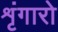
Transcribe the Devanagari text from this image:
शृंगारो